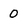
Character: 0